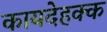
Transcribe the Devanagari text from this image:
कायदेहक्क